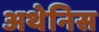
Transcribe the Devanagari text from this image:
अथेनिस